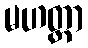
မဟတ္တာ